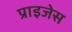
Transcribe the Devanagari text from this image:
प्राइजेस